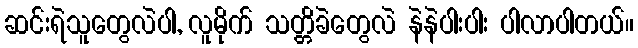
ဆင်းရဲသူတွေလဲပါ, လူမိုက် သတ္တိခဲတွေလဲ နဲနဲပါးပါး ပါလာပါတယ်။